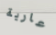
عارية